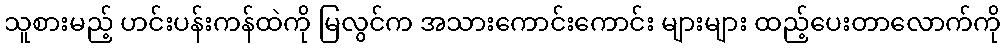
သူစားမည့် ဟင်းပန်းကန်ထဲကို မြလွင်က အသားကောင်းကောင်း များများ ထည့်ပေးတာလောက်ကို